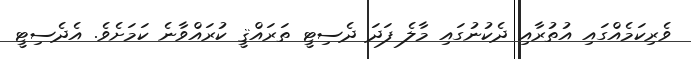
ވެރިކަމެއްގައި އުތުރާއި ދެކުނުގައި މާލެ ފަދަ ދެސިޓީ ތަރައްޤީ ކުރައްވާނެ ކަމަށެވެ. އެދެސިޓީ